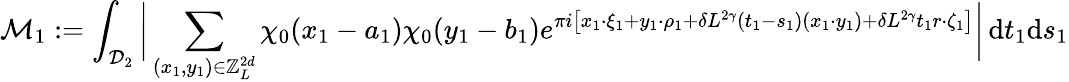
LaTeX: \mathcal M_{1}:=\int_{\mathcal D_{2}}\bigg|\sum_{(x_{1},y_{1})\in\mathbb Z_{L}^{2d}}\chi_{0}({x_{1}-a_{1}})\chi_{0}({y_{1}-b_{1}})e^{\pi i\left[x_{1}\cdot\xi_{1}+y_{1}\cdot\rho_{1}+\delta L^{2\gamma}(t_{1}-s_{1})(x_{1}\cdot y_{1})+\delta L^{2\gamma}t_{1}r\cdot\zeta_{1}\right]}\bigg|\, \mathrm{d}t_{1}\mathrm{d}s_{1}